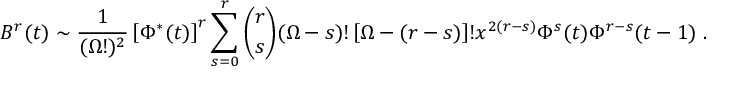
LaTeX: { \cal B } ^ { r } ( t ) \sim \frac { 1 } { ( \Omega ! ) ^ { 2 } } \left[ \Phi ^ { * } ( t ) \right] ^ { r } \sum _ { s = 0 } ^ { r } { \binom { r } { s } } ( \Omega - s ) ! \left[ \Omega - ( r - s ) \right] ! x ^ { 2 ( r - s ) } \Phi ^ { s } ( t ) \Phi ^ { r - s } ( t - 1 ) \; .